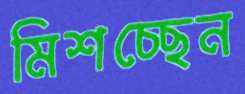
মিশচ্ছেন